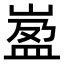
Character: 𡺦